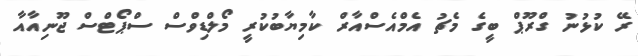
ރޭ ކުޅުނު ގްރޫޕް ބީގެ މެޗު އެމްއެސްއާރް ކާމިޔާބުކުރީ މޯލްޑިވްސް ސްޕޯޓްސް ޖޫނިއާއާ